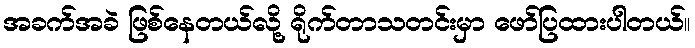
အခက်အခဲ ဖြစ်နေတယ်လို့ ရိုက်တာသတင်းမှာ ဖော်ပြထားပါတယ်။